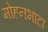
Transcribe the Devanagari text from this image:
मोहनभाटा